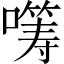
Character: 𡀤